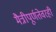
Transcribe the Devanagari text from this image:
मैत्रीपूर्णतेवरही